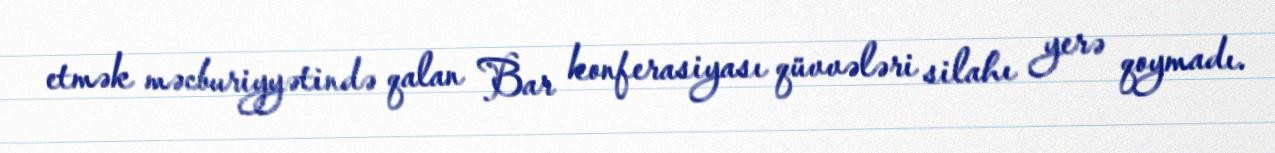
etmək məcburiyyətində qalan Bar konferasiyası qüvvələri silahı yerə qoymadı.